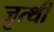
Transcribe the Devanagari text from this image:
जुत्थी